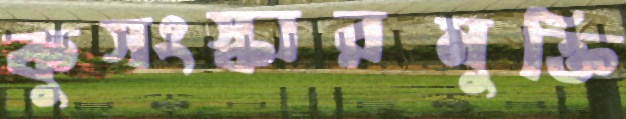
কুসংস্কারমুক্তি